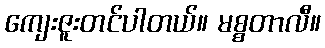
ကျေးဇူးတင်ပါတယ်။ မစ္စတာလီ။